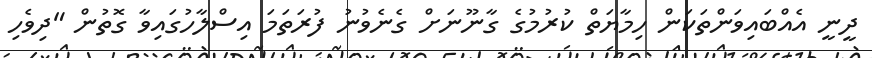
ދީނީ އެއްބައިވަންތަކަން ހިމާޔަތް ކުރުމުގެ ގާނޫނަށް ގެނެވުނު ފުރަތަމަ އިސްލާހުގައިވާ ގޮތުން "ދިވެހި